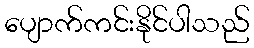
ပျောက်ကင်းနိုင်ပါသည်